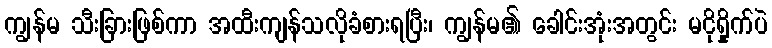
ကျွန်မ သီးခြားဖြစ်ကာ အထီးကျန်သလိုခံစားရပြီး၊ ကျွန်မ၏ ခေါင်းအုံးအတွင်း မငိုရှိုက်ပဲ